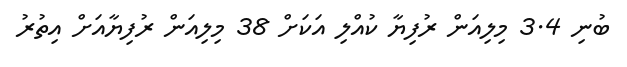
ބުނި 3.4 މިލިއަން ރުފިޔާ ކުއްލި އަކަށް 38 މިލިއަން ރުފިޔާއަށް އިތުރު